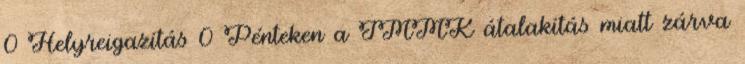
0 Helyreigazítás 0 Pénteken a JMMK átalakítás miatt zárva